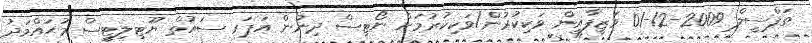
ތަފްސީލް 2009-12-01 ވަޒީފާއިން ވަކިކުރުން/ވަކިކުރުމަށް ނޯޓިސް ދިނުން އަޕަރ ސައުތް ޔޫޓިލިޓީސް މުޙައްމަދު